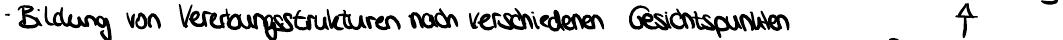
- Bildung von Vererbungsstrukturen nach verschiedenen Gesichtspunkten